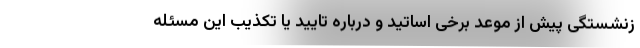
زنشستگی پیش از موعد برخی اساتید و درباره تایید یا تکذیب این مسئله